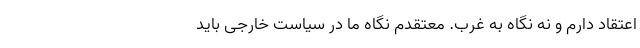
اعتقاد دارم و نه نگاه به غرب. معتقدم نگاه ما در سیاست خارجی باید